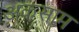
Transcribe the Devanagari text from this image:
अक़साम